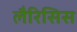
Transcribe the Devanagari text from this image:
लैरिसिस